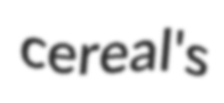
cereal's